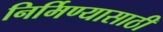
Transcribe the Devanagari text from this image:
निर्मिण्यासाठी